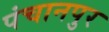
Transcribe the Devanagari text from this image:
पंचानपुर